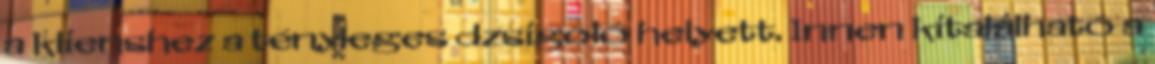
a klienshez a tényleges dzsigoló helyett. Innen kitalálható a